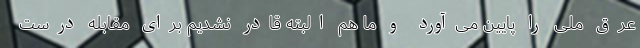
عِرق ملی را پایین می‌آورد و ما هم البته قادر نشدیم برای مقابله درست